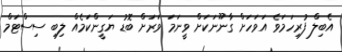
އެބިލް ފުރިހަމަވެ އަވަހަށް ގާނޫނަކަށް ވީނަމަ ވަރަށް ބޮޑު ޔަގީންކަމެއް ލިބި ސިސްޓަމް